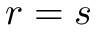
r = s